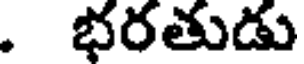
. భరతుడు